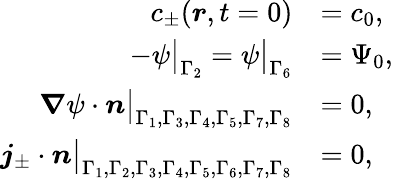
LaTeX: \begin{array}{rl}{c_{\pm}(\boldsymbol{r},t=0)}&{=c_{0},}\\ {-\psi\big|_{\Gamma_{2}}=\psi\big|_{\Gamma_{6}}}&{=\Psi_{0},}\\ {\boldsymbol{\nabla}\psi\cdot\boldsymbol{n}\big|_{\Gamma_{1},\Gamma_{3},\Gamma_{4},\Gamma_{5},\Gamma_{7},\Gamma_{8}}}&{=0,}\\ {\boldsymbol{j}_{\pm}\cdot\boldsymbol{n}\big|_{\Gamma_{1},\Gamma_{2},\Gamma_{3},\Gamma_{4},\Gamma_{5},\Gamma_{6},\Gamma_{7},\Gamma_{8}}}&{=0,}\end{array}